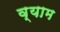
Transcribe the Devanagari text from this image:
व्याम